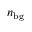
n _ { \mathrm { b g } }